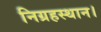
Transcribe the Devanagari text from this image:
निग्रहस्थान।